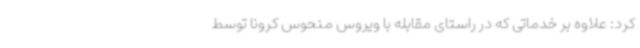
کرد: علاوه بر خدماتی که در راستای مقابله با ویروس منحوس کرونا توسط